Indian journal of veterinary science and animal husbandry - Volume 3,
Year: 1933
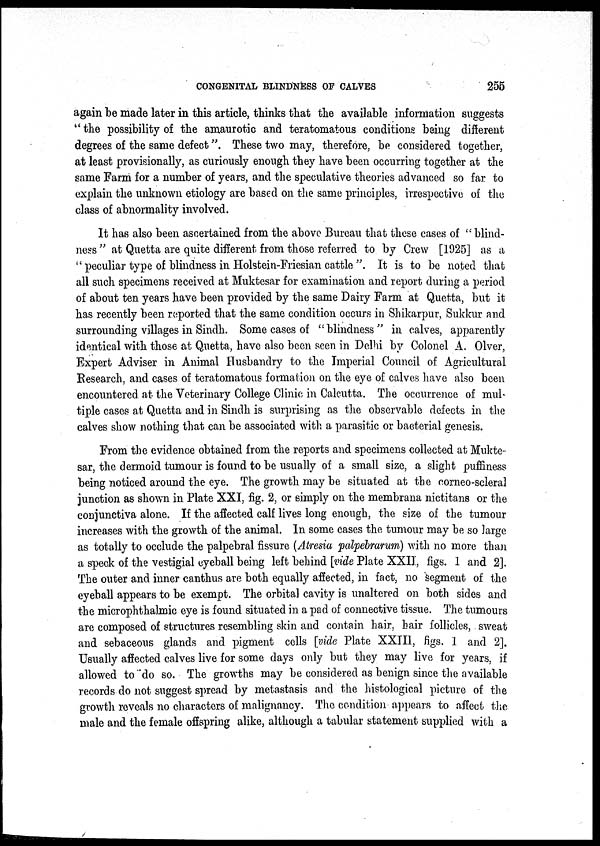
CONGENITAL BLINDNESS OF CALVES
255
again be made later in this article, thinks that the available information suggests
" the possibility of the amaurotic and teratomatous conditions being different
degrees of the same defect". These two may, therefore, be considered together,
at least provisionally, as curiously enough they have been occurring together at the
same Farm for a number of years, and the speculative theories advanced so far to
explain the unknown etiology are based on the same principles, irrespective of the
class of abnormality involved.
It has also been ascertained from the above Bureau that these cases of " blind-
ness " at Quetta are quite different from those referred to by Crew [1925] as a
" peculiar type of blindness in Holstein-Friesian cattle ". It is to be noted that
all such specimens received at Muktesar for examination and report during a period
of about ten years have been provided by the same Dairy Farm at Quetta, but it
has recently been reported that the same condition occurs in Shikarpur, Sukkur and
surrounding villages in Sindh. Some cases of "blindness" in calves, apparently
identical with those at Quetta, have also been seen in Delhi by Colonel A. Olver,
Expert Adviser in Animal Husbandry to the Imperial Council of Agricultural
Research, and cases of teratomatous formation on the eye of calves have also been
encountered at the Veterinary College Clinic in Calcutta. The occurrence of mul-
tiple cases at Quetta and in Sindh is surprising as the observable defects in the
calves show nothing that can be associated with a parasitic or bacterial genesis.
From the evidence obtained from the reports and specimens collected at Mukte
sar, the dermoid tumour is found to be usually of a small size, a slight puffiness
being noticed around the eye. The growth may be situated at the corneo-scleral
junction as shown in Plate XXI, fig. 2, or simply on the membrana nictitans or the
conjunctiva alone. If the affected calf lives long enough, the size of the tumour
increases with the growth of the animal. In some cases the tumour may be so large
as totally to occlude the palpebral fissure (Atresia palpebrarum) with no more than
a speck of the vestigial eyeball being left behind [vide Plate XXII, figs. 1 and 2].
The outer and inner canthus are both equally affected, in fact, no segment of the
eyeball appears to be exempt. The orbital cavity is unaltered on both sides and
the microphthalmic eye is found situated in a pad of connective tissue. The tumours
are composed of structures resembling skin and contain hair, hair follicles, sweat
and sebaceous glands and pigment cells [vide Plate XXIII, figs. 1 and 2].
Usually affected calves live for some days only but they may live for years, if
allowed to do so. The growths may be considered as benign since the available
records do not suggest spread by metastasis and the histological picture of the
growth reveals no characters of malignancy. The condition appears to affect the
male and the female offspring alike, although a tabular statement supplied with a